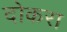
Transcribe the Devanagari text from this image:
दोकरा